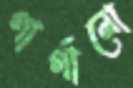
গার্গানো